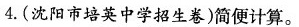
4. (沈阳市培英中学招生卷)简便计算 。